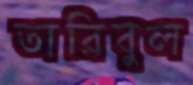
তারিবুল